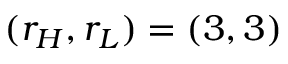
( r _ { H } , r _ { L } ) = ( 3 , 3 )